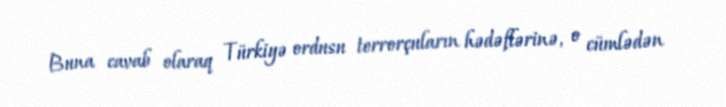
Buna cavab olaraq Türkiyə ordusu terrorçuların hədəflərinə, o cümlədən